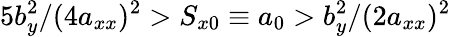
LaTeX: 5b_{y}^{2}/(4a_{xx})^{2}>S_{x0}\equiv a_{0}>b_{y}^{2}/(2a_{xx})^{2}